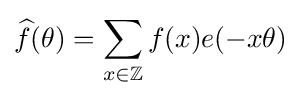
{\widehat {f}}(\theta )=\sum _{x\in \mathbb {Z} }f(x)e(-x\theta )